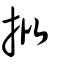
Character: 批